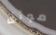
موثق